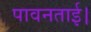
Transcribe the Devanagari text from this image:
पावनताई।